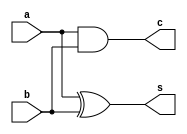
module halfadder(a,b,s,c);
	input a,b;
	output s,c;
	assign s = a^b ;
	assign c = a&b ;
endmodule

module fulladder(p,q,ci,sum,co);
	input p,q,ci ;
	output sum,co ;
		wire w1,w2,w3 ;
		halfadder U1(p,q,w1,w2) ;
		halfadder U2(w1,ci,sum,w3) ;
		or U3(co,w2,w3) ;
endmodule